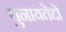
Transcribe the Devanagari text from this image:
युनायतेद्दो